Scottish Leaving Certificate Examination, 1959
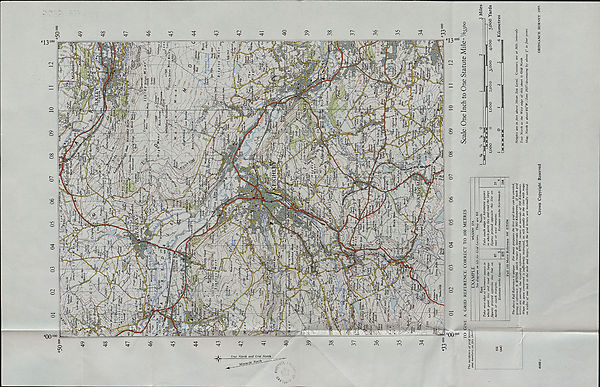
C/ 3
a;
True North and Grid North
MaeSiliS-
Jrjl o/m-
kfC/j : -
>'4
\1/ i ' iiS « :
4068 u
Crown Copyright Reserved
ordnance survey 1957.